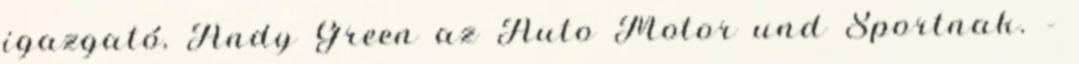
igazgató, Andy Green az Auto Motor und Sportnak. –